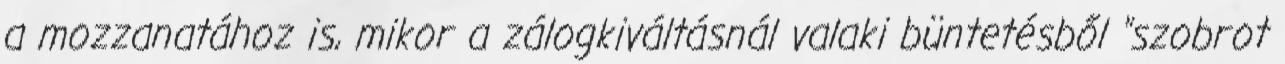
a mozzanatához is, mikor a zálogkiváltásnál valaki büntetésből "szobrot